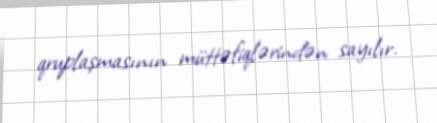
qruplaşmasının müttəfiqlərindən sayılır.